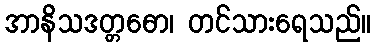
အာနိသဒတ္တဓော၊ တင်သားရေသည်။